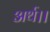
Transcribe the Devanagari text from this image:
अर्थ।।